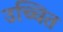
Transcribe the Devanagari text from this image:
उच्चित